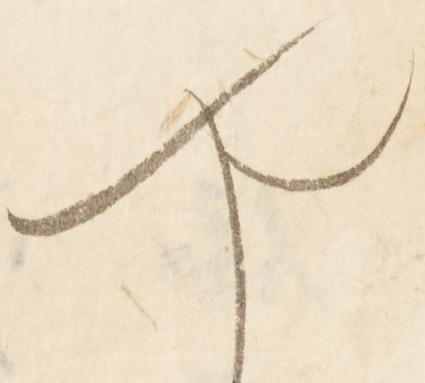
や